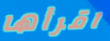
اقرأها